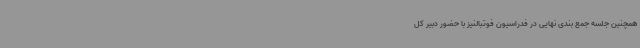
همچنین جلسه جمع بندی نهایی در فدراسیون فوتبالنیز با حضور دبیر کل